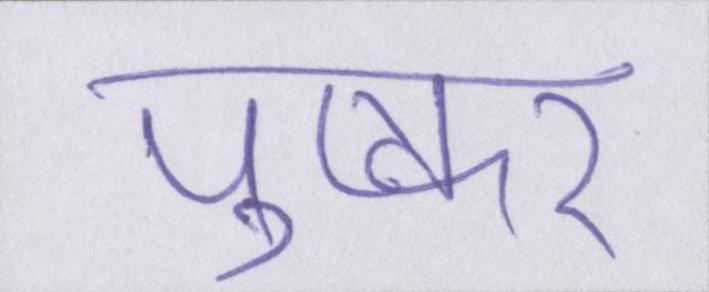
पुष्कर